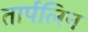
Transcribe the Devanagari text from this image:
तार्पलिन